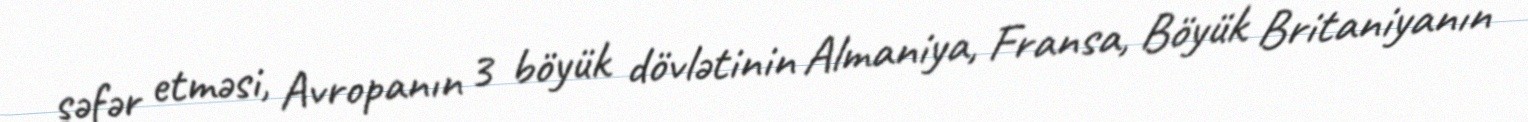
səfər etməsi, Avropanın 3 böyük dövlətinin Almaniya, Fransa, Böyük Britaniyanın